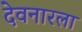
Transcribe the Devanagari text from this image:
देवनारला